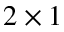
2 \times 1